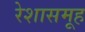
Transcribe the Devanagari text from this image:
रेशासमूह